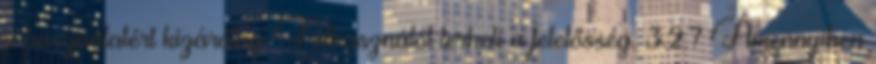
a használatért kizárólag Felhasználót terheli a felelősség. 3.2.7 Amennyiben